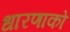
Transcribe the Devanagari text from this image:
धारणाको